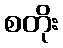
စတိုး